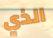
الذي